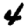
Digit: 4